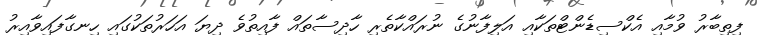
ފިތިބާރު ވުމާއި އެކްސިޑެންޓްތަކާއި އަލިފާނުގެ ނުރައްކާތެރި ހާދިސާތައް ފާއިތުވެ ދިޔަ އަހަރުތަކުގައި ހިނގާފައިވާއިރު